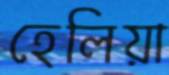
হেলিয়া